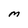
Character: M